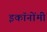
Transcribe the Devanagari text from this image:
इकॉनोंमी